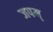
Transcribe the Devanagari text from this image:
जपम्